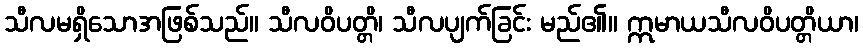
သီလမရှိသောအဖြစ်သည်။ သီလဝိပတ္တိ၊ သီလပျက်ခြင်း မည်၏။ ဣမာယသီလဝိပတ္တိယာ၊